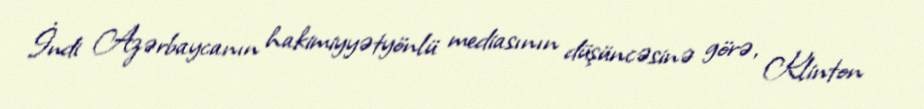
İndi Azərbaycanın hakimiyyətyönlü mediasının düşüncəsinə görə, Klinton